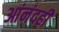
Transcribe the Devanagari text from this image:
आंनंदही